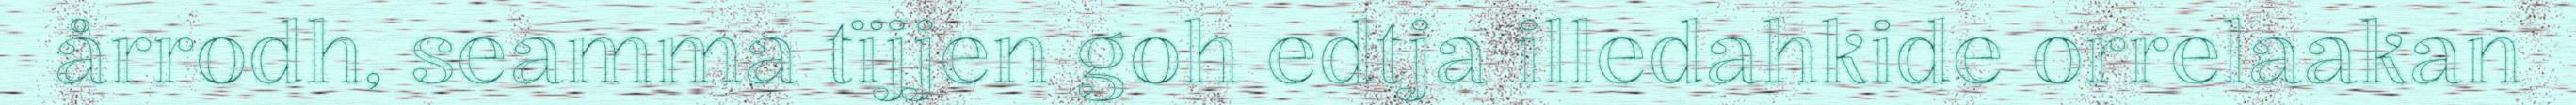
årrodh, seamma tïjjen goh edtja illedahkide orrelaakan